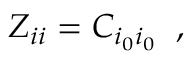
Z _ { i i } = C _ { i _ { 0 } i _ { 0 } } \; \; ,